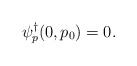
\begin{align*}\psi^\dagger_p(0,p_0) = 0.\end{align*}